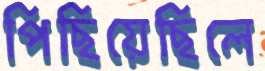
পিছিয়েছিলে